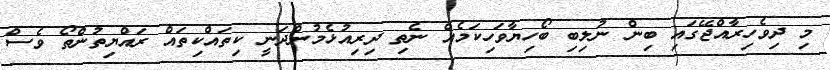
މި ދިވެހިރާއްޖޭގައި ބިން ނުލިބި ބޯހިޔާވަހިކަމެއް ނެތި ދިރިއުޅެމުންދަނީ ކިތައްކިތައް ރައްޔިތުންތޯ ވެސް